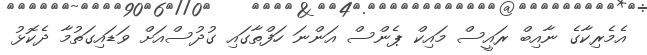
އެމެރިކާގެ ނާއިބް ރައީސް މައިކް ޕެންސް އަންނަ ހަފްތާގައި ގުދުސްއަށް ވަޑައިގަތުމާ ދެކޮޅު